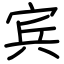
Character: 宾